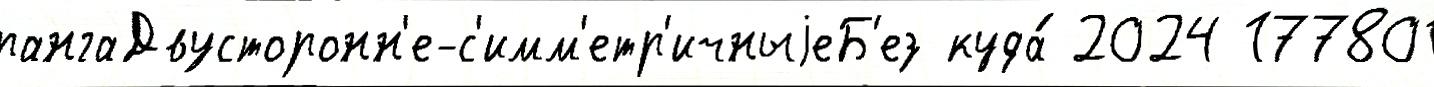
рангаДвусторонн'е-с'имм'етр'ичныjеБ'ез куда́ 2024 177801